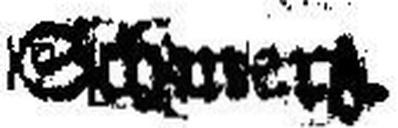
Schmer###